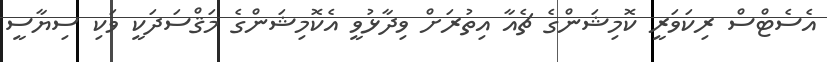
އެސެޓްސް ރިކަވަރީ ކޮމިޝަންގެ ޗެއާ އިތުރަށް ވިދާޅުވީ އެކޮމިޝަންގެ މަޤްސަދަކީ ވަކި ސިޔާސީ